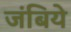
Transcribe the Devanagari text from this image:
जंबिये